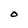
Character: 0